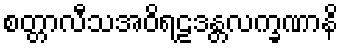
စတ္တာလီသအဝိရဠဒန္တလက္ခဏာနိ